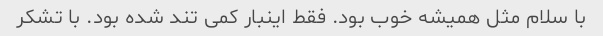
با سلام مثل همیشه خوب بود. فقط اینبار کمی تند شده بود. با تشکر